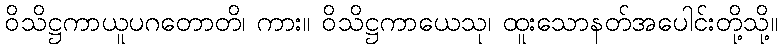
ဝိသိဋ္ဌကာယူပဂတောတိ၊ ကား။ ဝိသိဋ္ဌကာယေသု၊ ထူးသောနတ်အပေါင်းတို့သို့။